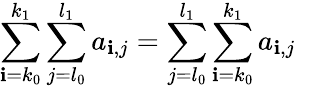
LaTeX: \sum_{\mathbf{i}=k_{0}}^{k_{1}}\sum_{j=l_{0}}^{l_{1}}a_{\mathbf{i},j}=\sum_{j=l_{0}}^{l_{1}}\sum_{\mathbf{i}=k_{0}}^{k_{1}}a_{\mathbf{i},j}\quad